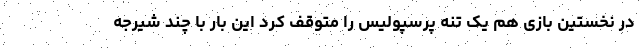
در نخستین بازی هم یک تنه پرسپولیس را متوقف کرد این بار با چند شیرجه